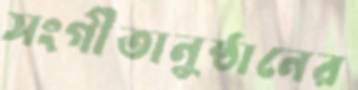
সংগীতানুষ্ঠানের